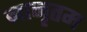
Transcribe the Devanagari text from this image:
नानृतम